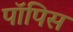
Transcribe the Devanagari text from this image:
पॉपिस